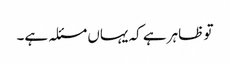
تو ظاہر ہے کہ یہاں مسئلہ ہے۔